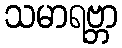
သမာရဗ္ဘာ